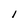
Character: l